Vaccination in Bombay 1913-1923 - 1913-1923
Year: 1913
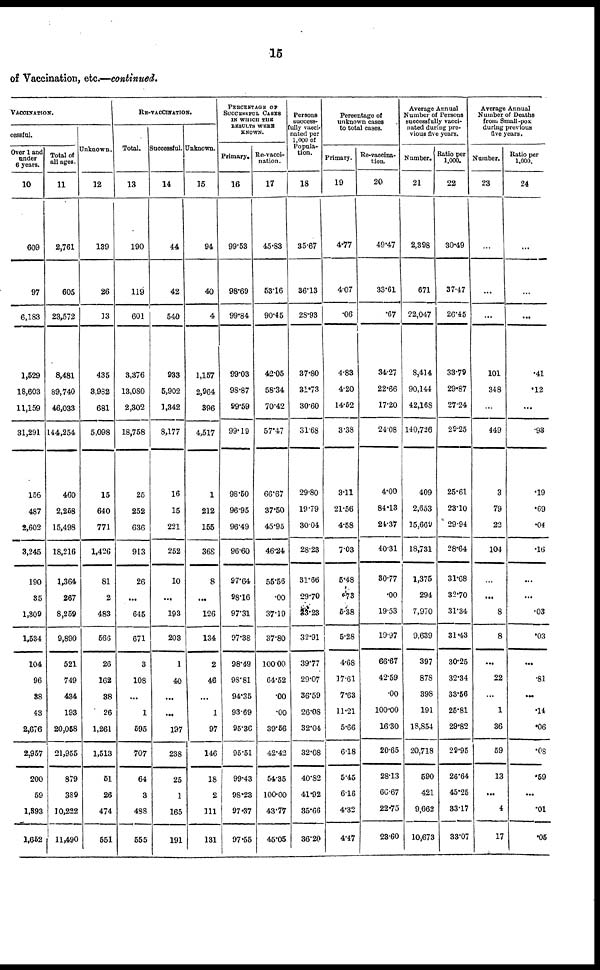
15
of Vaccination, etc.—continued.
VACCINATION.
cessful.
Over 1 and
under
6 years.
10
609
97
6,183
1,529
18,603
11,159
31,291
166
487
2,602
3,245
190
35
1,309
1,534
104
96
38
43
2,676
2,957
200
59
1,393
1,652
Total of
all ages.
11
2,761
605
23,572
8,481
89,740
46,033
144,254
460
2,258
15,498
18,216
1,364
267
8,259
9,890
521
749
434
193
20,058
21,955
879
389
10,222
11,490
Unknown.
12
139
26
13
435
3,982
681
5,098
15
640
771
1,426
81
2
483
565
26
162
38
26
1,261
1,513
51
26
474
551
RE-VACCINATION.
Total.
13
190
119
601
3,376
13,080
2,302
18,758
25
252
636
913
26
...
645
671
3
108
...
1
595
707
64
3
488
555
Successful.
14
44
42
540
933
5,902
1,342
8,177
16
15
221
252
10
...
193
203
1
40
...
...
197
238
25
1
165
191
Unknown.
15
94
40
4
1,157
2,964
396
4,517
1
212
155
368
8
...
126
134
2
46
...
1
97
146
18
2
111
131
PERCENTAGE OF
SUCCESSFUL CASES
IN WHICH THE
RESULTS WERE
KNOWN.
Primary.
16
99.53
98.69
99.84
99.03
98.87
99.59
99.19
98.50
96.95
96.49
96.60
97.64
98.16
97.31
97.38
98.49
98.81
94.35
93.69
95.36
95.51
99.43
98.23
97.37
97.55
Re-vacci-
nation.
17
45.83
53.16
90.45
42.05
58.34
70.42
57.47
66.67
37.50
45.95
46.24
55.56
.00
37.19
37.80
100.00
64.52
.00
.00
39.56
42.42
54.35
100.00
43.77
45.05
Persons
success-
fully vacci-
nated per
1,000 of
Popula-
tion.
18
35.67
36.13
28.93
37.80
31.73
30.60
31.68
29.80
19.79
30.04
28.23
31.66
29.70
83.23
32.91
39.77
29.07
36.59
26.08
32.04
32.08
40.82
41.92
35.66
36.20
Percentage of
unknown cases
to total cases.
Primary.
19
4.77
4.07
.06
4.83
4.20
14.52
3.38
3.11
21.56
4.58
7.03
5.48
.73
5.38
5.28
4.68
17.61
7.63
11.21
5.66
6.18
5.45
6.16
4.32
4.47
Re-vaccina-
-ion.
20
49.47
33.61
.67
34.27
22.66
17.20
24.08
4.00
84.13
24.37
40.31
30.77
.00
19.53
19.97
66.67
42.59
.00
100.00
16.30
20.65
28.13
66.67
22.75
23.60
Average Annual
Number of Persons
successfully vacci-
nated during pre-
vious five years.
Number.
21
2,398
671
22,047
8,414
90,144
42.168
140,726
409
2,653
15,669
18,731
1,375
294
7,970
9,639
397
878
398
191
18,854
20,718
590
421
9,662
10,673
Ratio per
1,000.
22
30.49
37.47
26.45
33.79
29.87
27.24
29.25
25.61
23.10
29.94
28.64
31.68
32.70
31.34
31.43
30.25
32.34
33.56
25.81
29.82
29.95
26.64
45.25
33.17
33.07
Average Annual
Number of Deaths
from Small-pox
during previous
five years.
Number.
23
...
...
...
101
348
...
449
3
79
22
104
...
...
8
8
...
22
...
1
36
59
13
...
4
17
Ratio per
1,000.
24
...
...
...
.41
.12
...
.93
.19
.69
.04
.16
...
...
.03
.03
...
.81
...
.14
.06
.08
.59
...
.01
.05